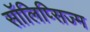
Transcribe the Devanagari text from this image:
सॉलिप्सिज्म